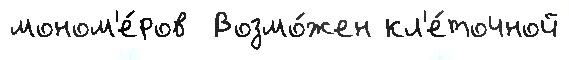
моном'е́ров  Возмо́жен кл'е́точной